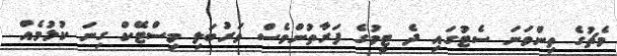
މެޗުގެ ތިންވަނަ ސެޓުގައި ދެ ޓީމުގެ ފަރާތުންވެސް ވަރުބަލި މިސްޓޭކް ގިނަ ކުޅުމެއް